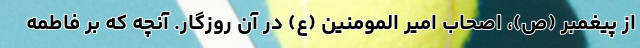
از پیغمبر (ص)، اصحاب امیر المومنین (ع) در آن روزگار. آنچه که بر فاطمه